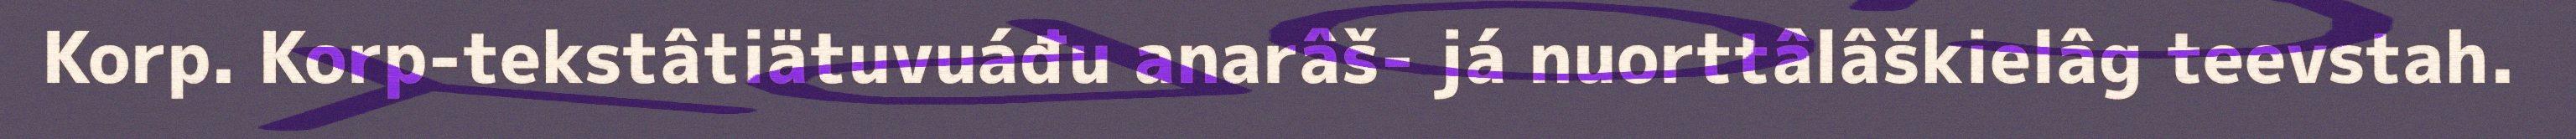
Korp. Korp-tekstâtiätuvuáđu anarâš- já nuorttâlâškielâg teevstah.